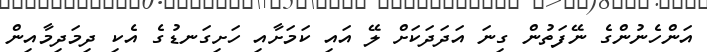
އަންހެނުންގެ ނޭފަތުން ގިނަ އަދަދަކަށް ލޭ އައި ކަމަށާއި ހަށިގަނޑުގެ އެކި ދިމަދިމާއިން